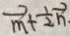
\overrightarrow { m } + \frac { 1 } { 2 } \overrightarrow { n } .